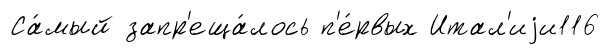
Са́мый запр'еща́лось п'е́рвых Итал'иjи116